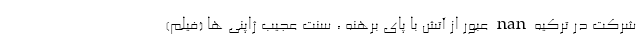
شرکت در ترکیه nan عبور از آتش با پای برهنه ، سنت عجیب ژاپنی ها (فیلم)